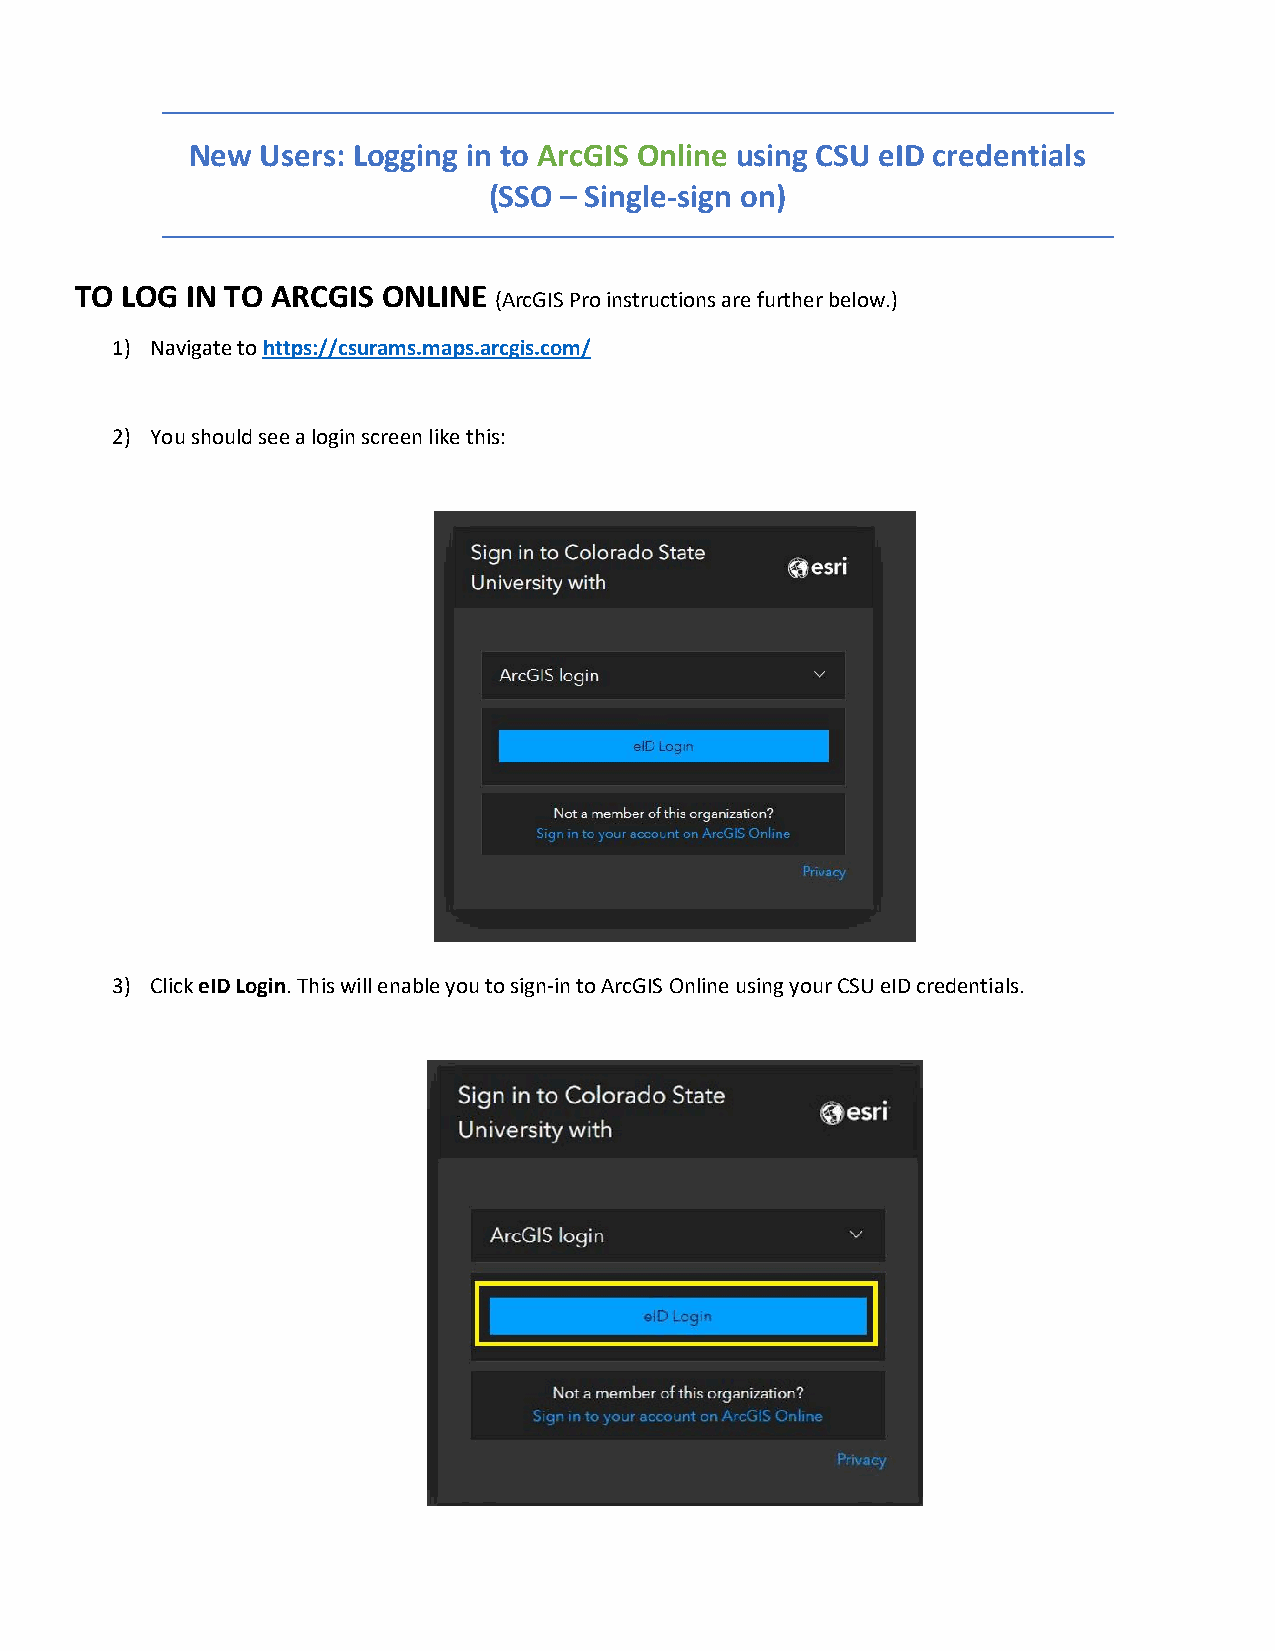
New  Users: Logging in to ArcGIS Online using CSU eID credentials
 (SSO – Single-sign on)
 TO LOG IN TO ARCGIS ONLINE
 (ArcGIS Pro instructions are further below.)
 1) Navigate to https://csurams.maps.arcgis.com/
 2) You should see a login screen like this:
 3) Click eID Login. This will enable you to sign-in to ArcGIS Online using your CSU eID credentials.